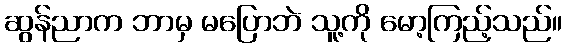
ဆွန်ညာက ဘာမှ မပြောဘဲ သူ့ကို မော့ကြည့်သည်။